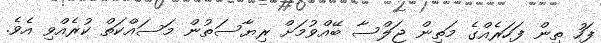
ފަހު ތިން ފަހަރެއްގެ މަތިން ޖަލްސާ ބޭއްވުމަށް ރިޔާސަތުން މަސައްކަތް ކުރެއްވި އެވެ.